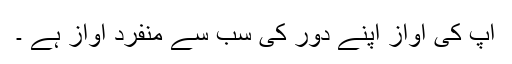
آپ کی آواز اپنے دور کی سب سے منفرد آواز ہے ۔